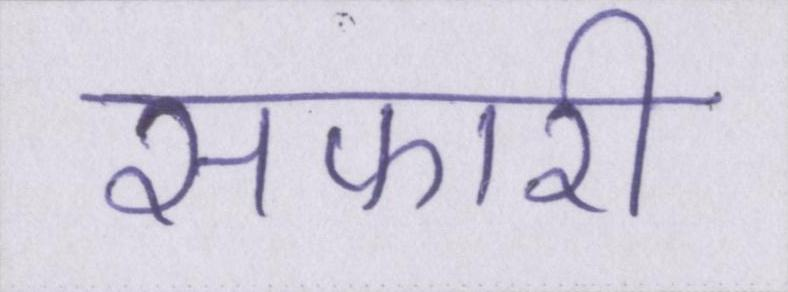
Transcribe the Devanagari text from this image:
सफारी